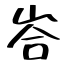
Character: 峇